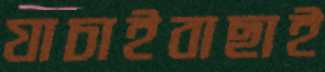
যাচাইবাছাই